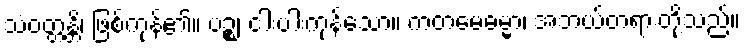
သံဝတ္တန္တိ၊ ဖြစ်ကုန်၏။ ပဉ္စ၊ ငါးပါးကုန်သော။ ကတမေဓမ္မာ၊ အဘယ်တရားတို့သည်။